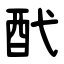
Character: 䣧